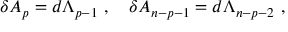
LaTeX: \delta A _ { p } = d \Lambda _ { p - 1 } \ , \quad \delta A _ { n - p - 1 } = d \Lambda _ { n - p - 2 } \ ,